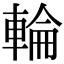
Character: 輪